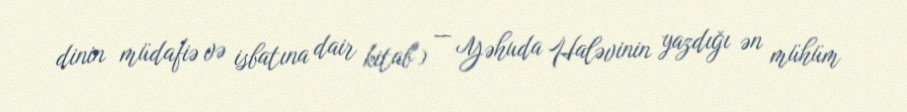
dinin müdafiə və isbatına dair kitab") — Yəhuda Haləvinin yazdığı ən mühüm